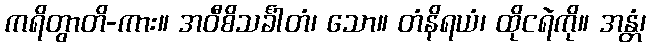
ကရိတွာတိ-ကား။ အဝီစိသင်္ခါတံ၊ သော။ တံနိရယံ၊ ထိုငရဲကို။ အန္တံ၊